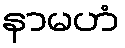
နာမဟံ